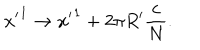
{ x ^ { \prime } } ^ { 1 } \rightarrow { x ^ { \prime } } ^ { 1 } + 2 \pi R ^ { \prime } \frac { c } { N } .